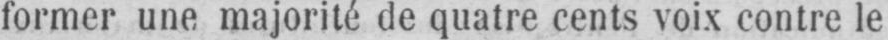
former une majorité de quatre cents voix contre le